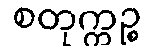
စတုက္ကဉ္စ